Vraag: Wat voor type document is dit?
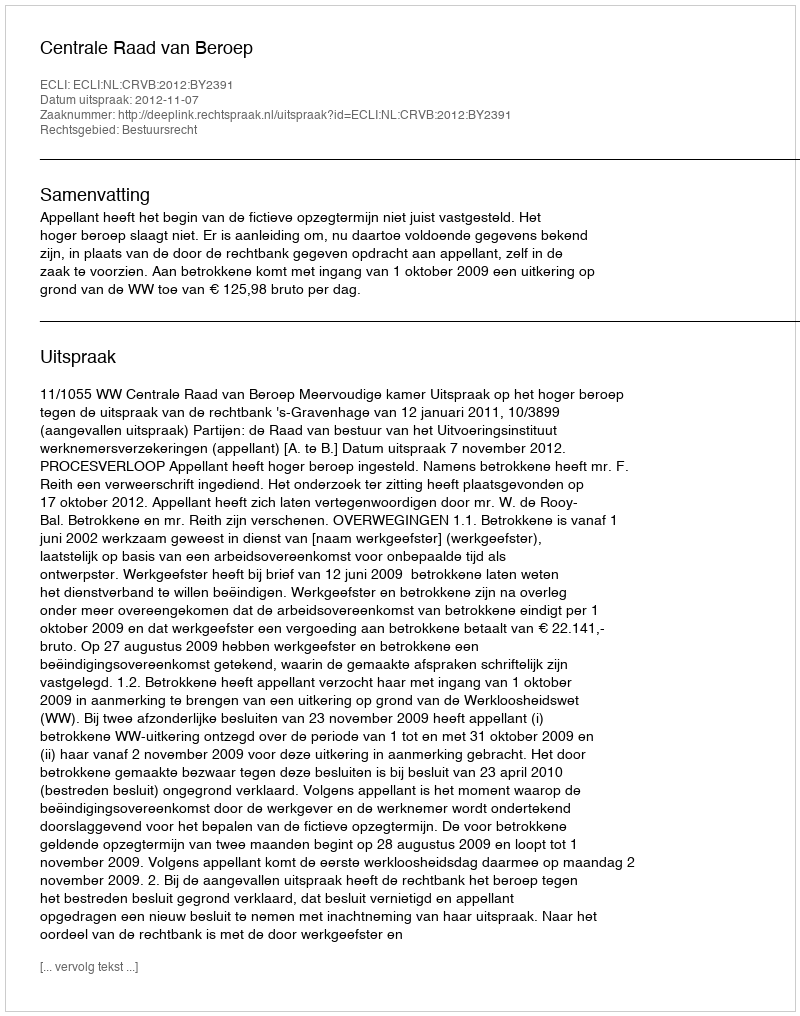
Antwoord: Uitspraak